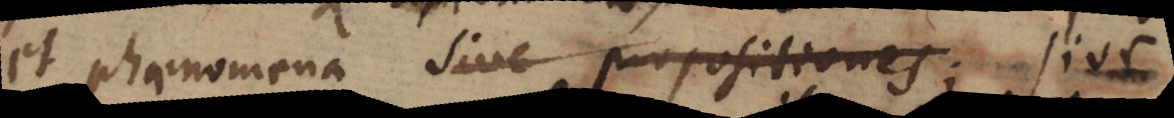
et phaenomena sive propositiones; sive